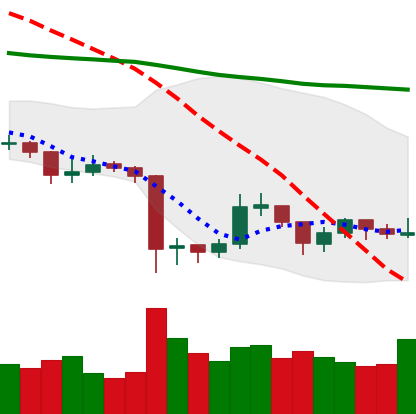
Ticker: XRP-USD
Chart end date: 2019-08-26
Forward return: -4.278%
Label: down_3_5